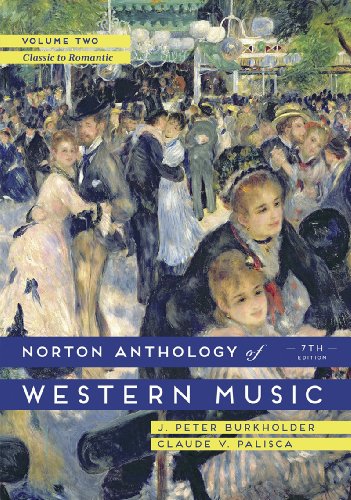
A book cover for The Norton Anthology of Western Music (Seventh Edition)  (Vol. 2); J. Peter Burkholder; Arts & Photography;